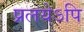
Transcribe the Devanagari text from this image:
प्रलयेऽपि